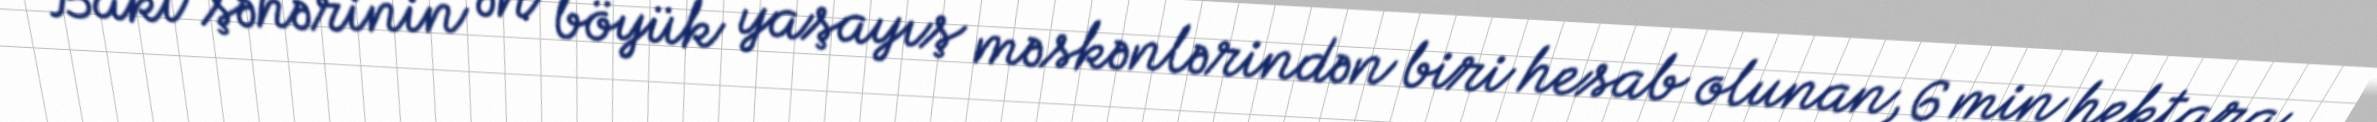
Bakı şəhərinin ən böyük yaşayış məskənlərindən biri hesab olunan, 6 min hektara